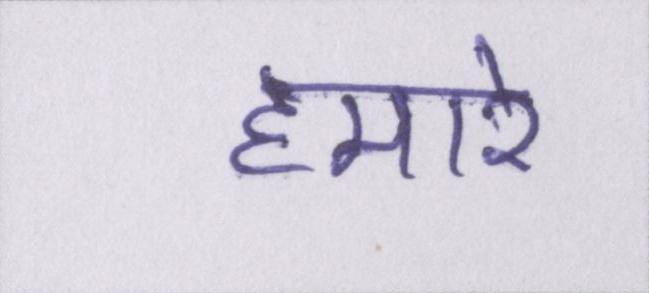
हमारे